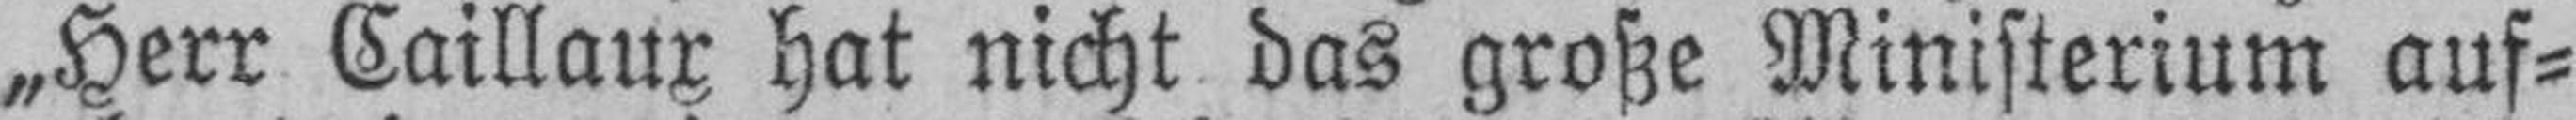
„Herr Caillaux hat nicht das große Ministerium auf¬